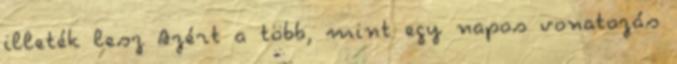
illeték lesz Azért a több, mint egy napos vonatozás